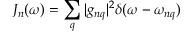
J _ { n } ( \omega ) = \sum _ { q } | g _ { n q } | ^ { 2 } \delta ( \omega - \omega _ { n q } )